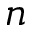
n